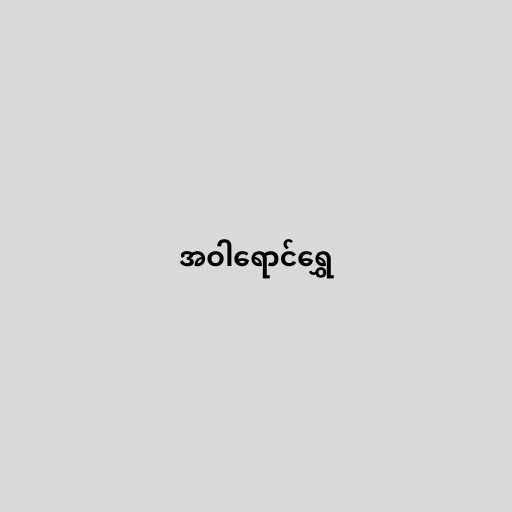
အဝါရောင်ရွှေ